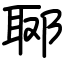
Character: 郰